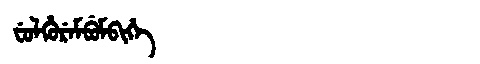
Manchu: ᠸᡠᠯᡥᡠᡵᡝᠮᠪᡠᠮᠪᡳᡥᡝ
Romanization: FULHUREMBUMBIHE